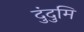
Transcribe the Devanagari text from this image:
दुंदुमि